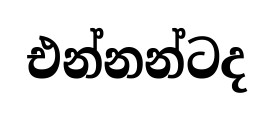
එන්නන්ටද